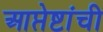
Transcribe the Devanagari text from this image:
आप्तेष्टांची